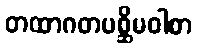
တထာဂတပစ္ဆိမဝါစာ